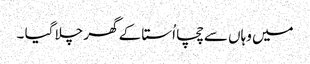
میں وہاں سے چچا اُستا کے گھر چلا گیا ۔